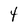
Character: 4